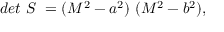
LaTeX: d e t ~ S ~ = ( M ^ { 2 } - a ^ { 2 } ) ~ ( M ^ { 2 } - b ^ { 2 } ) , \qquad